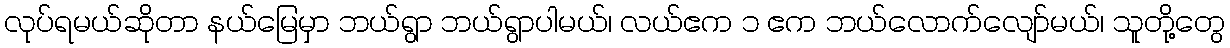
လုပ်ရမယ်ဆိုတာ နယ်မြေမှာ ဘယ်ရွာ ဘယ်ရွာပါမယ်၊ လယ်ဧက ၁ ဧက ဘယ်လောက်လျော်မယ်၊ သူတို့တွေ